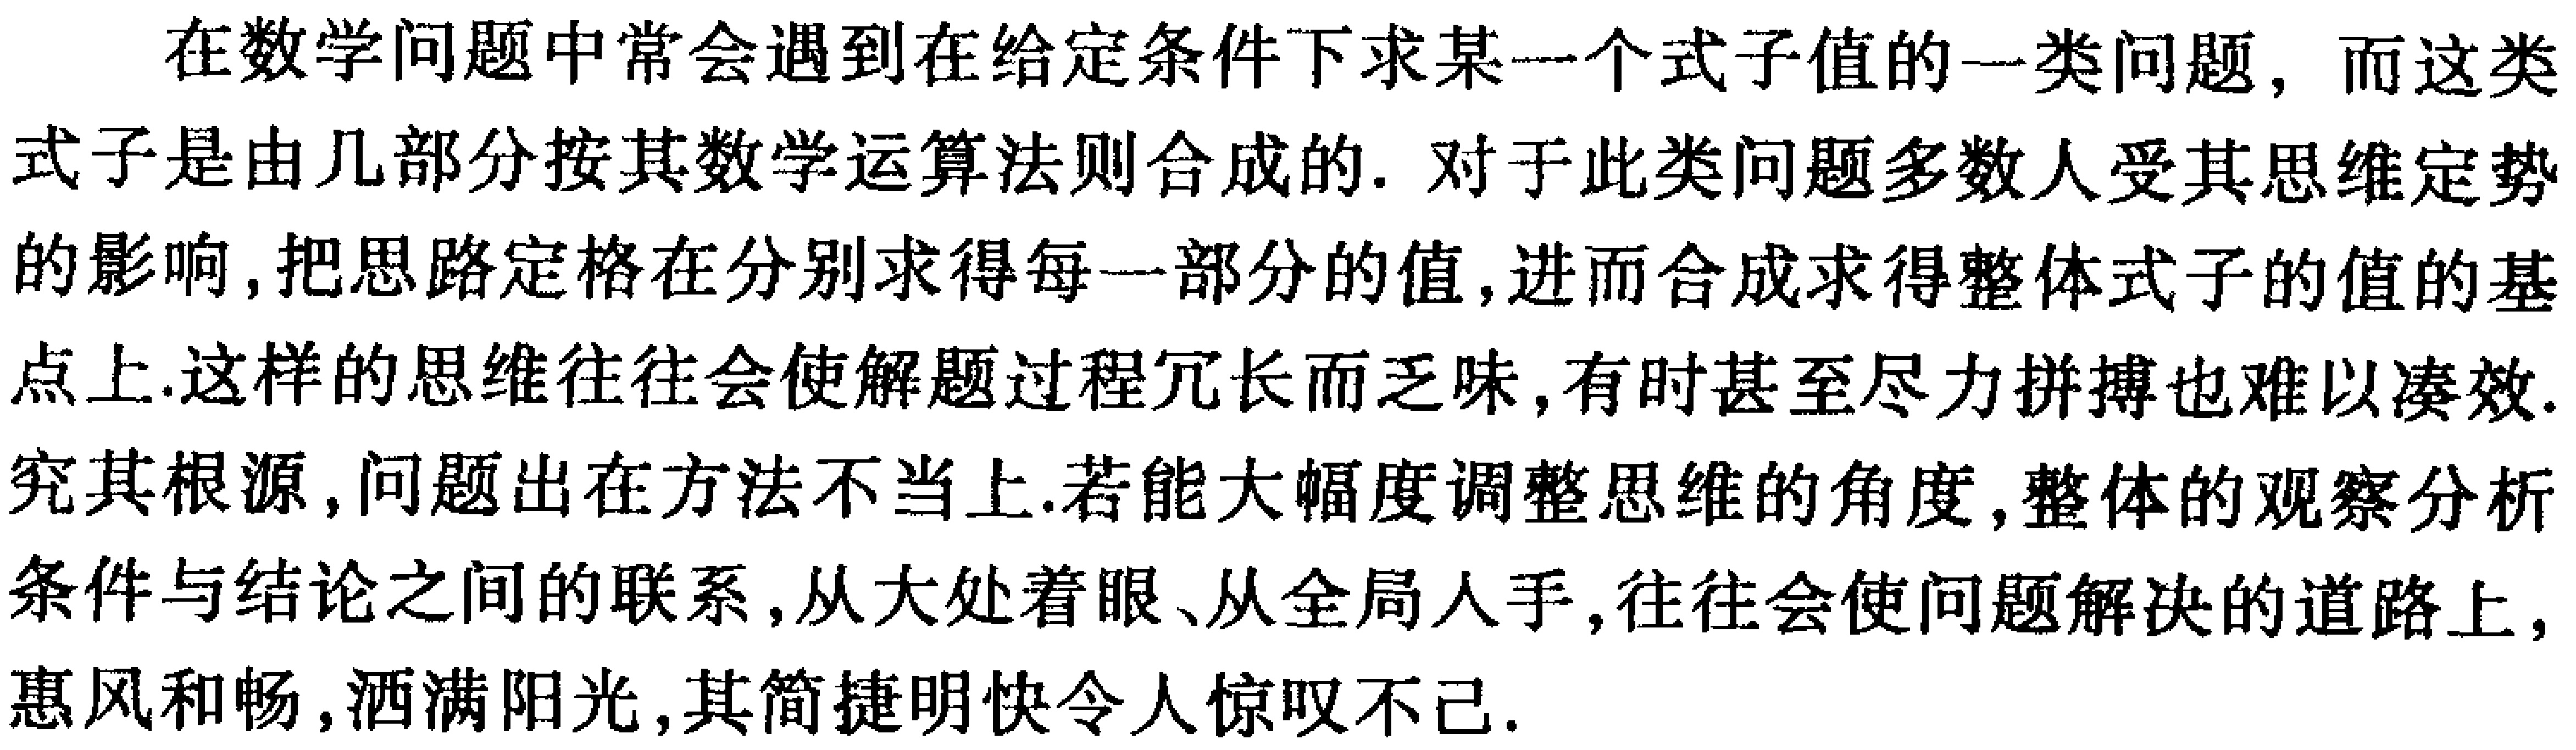
在数学问题中常会遇到在给定条件下求某一个式子值的一类问题，而这类式子是由几部分按其数学运算法则合成的. 对于此类问题多数人受其思维定势的影响，把思路定格在分别求得每一部分的值，进而合成求得整体式子的值的基点上.这样的思维往往会使解题过程冗长而乏味，有时甚至尽力拼搏也难以凑效.究其根源，问题出在方法不当上.若能大幅度调整思维的角度，整体的观察分析条件与结论之间的联系，从大处着眼、从全局人手，往往会使问题解决的道路上，惠风和畅，洒满阳光，其简捷明快令人惊叹不己.